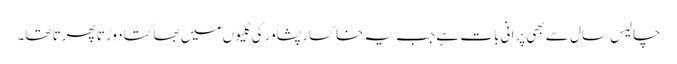
چالیس سال سے بھی پرانی بات ہے جب یہ خاکسار پشاور کی گلیوں میں بھاگتا دوڑتا پھرتا تھا۔